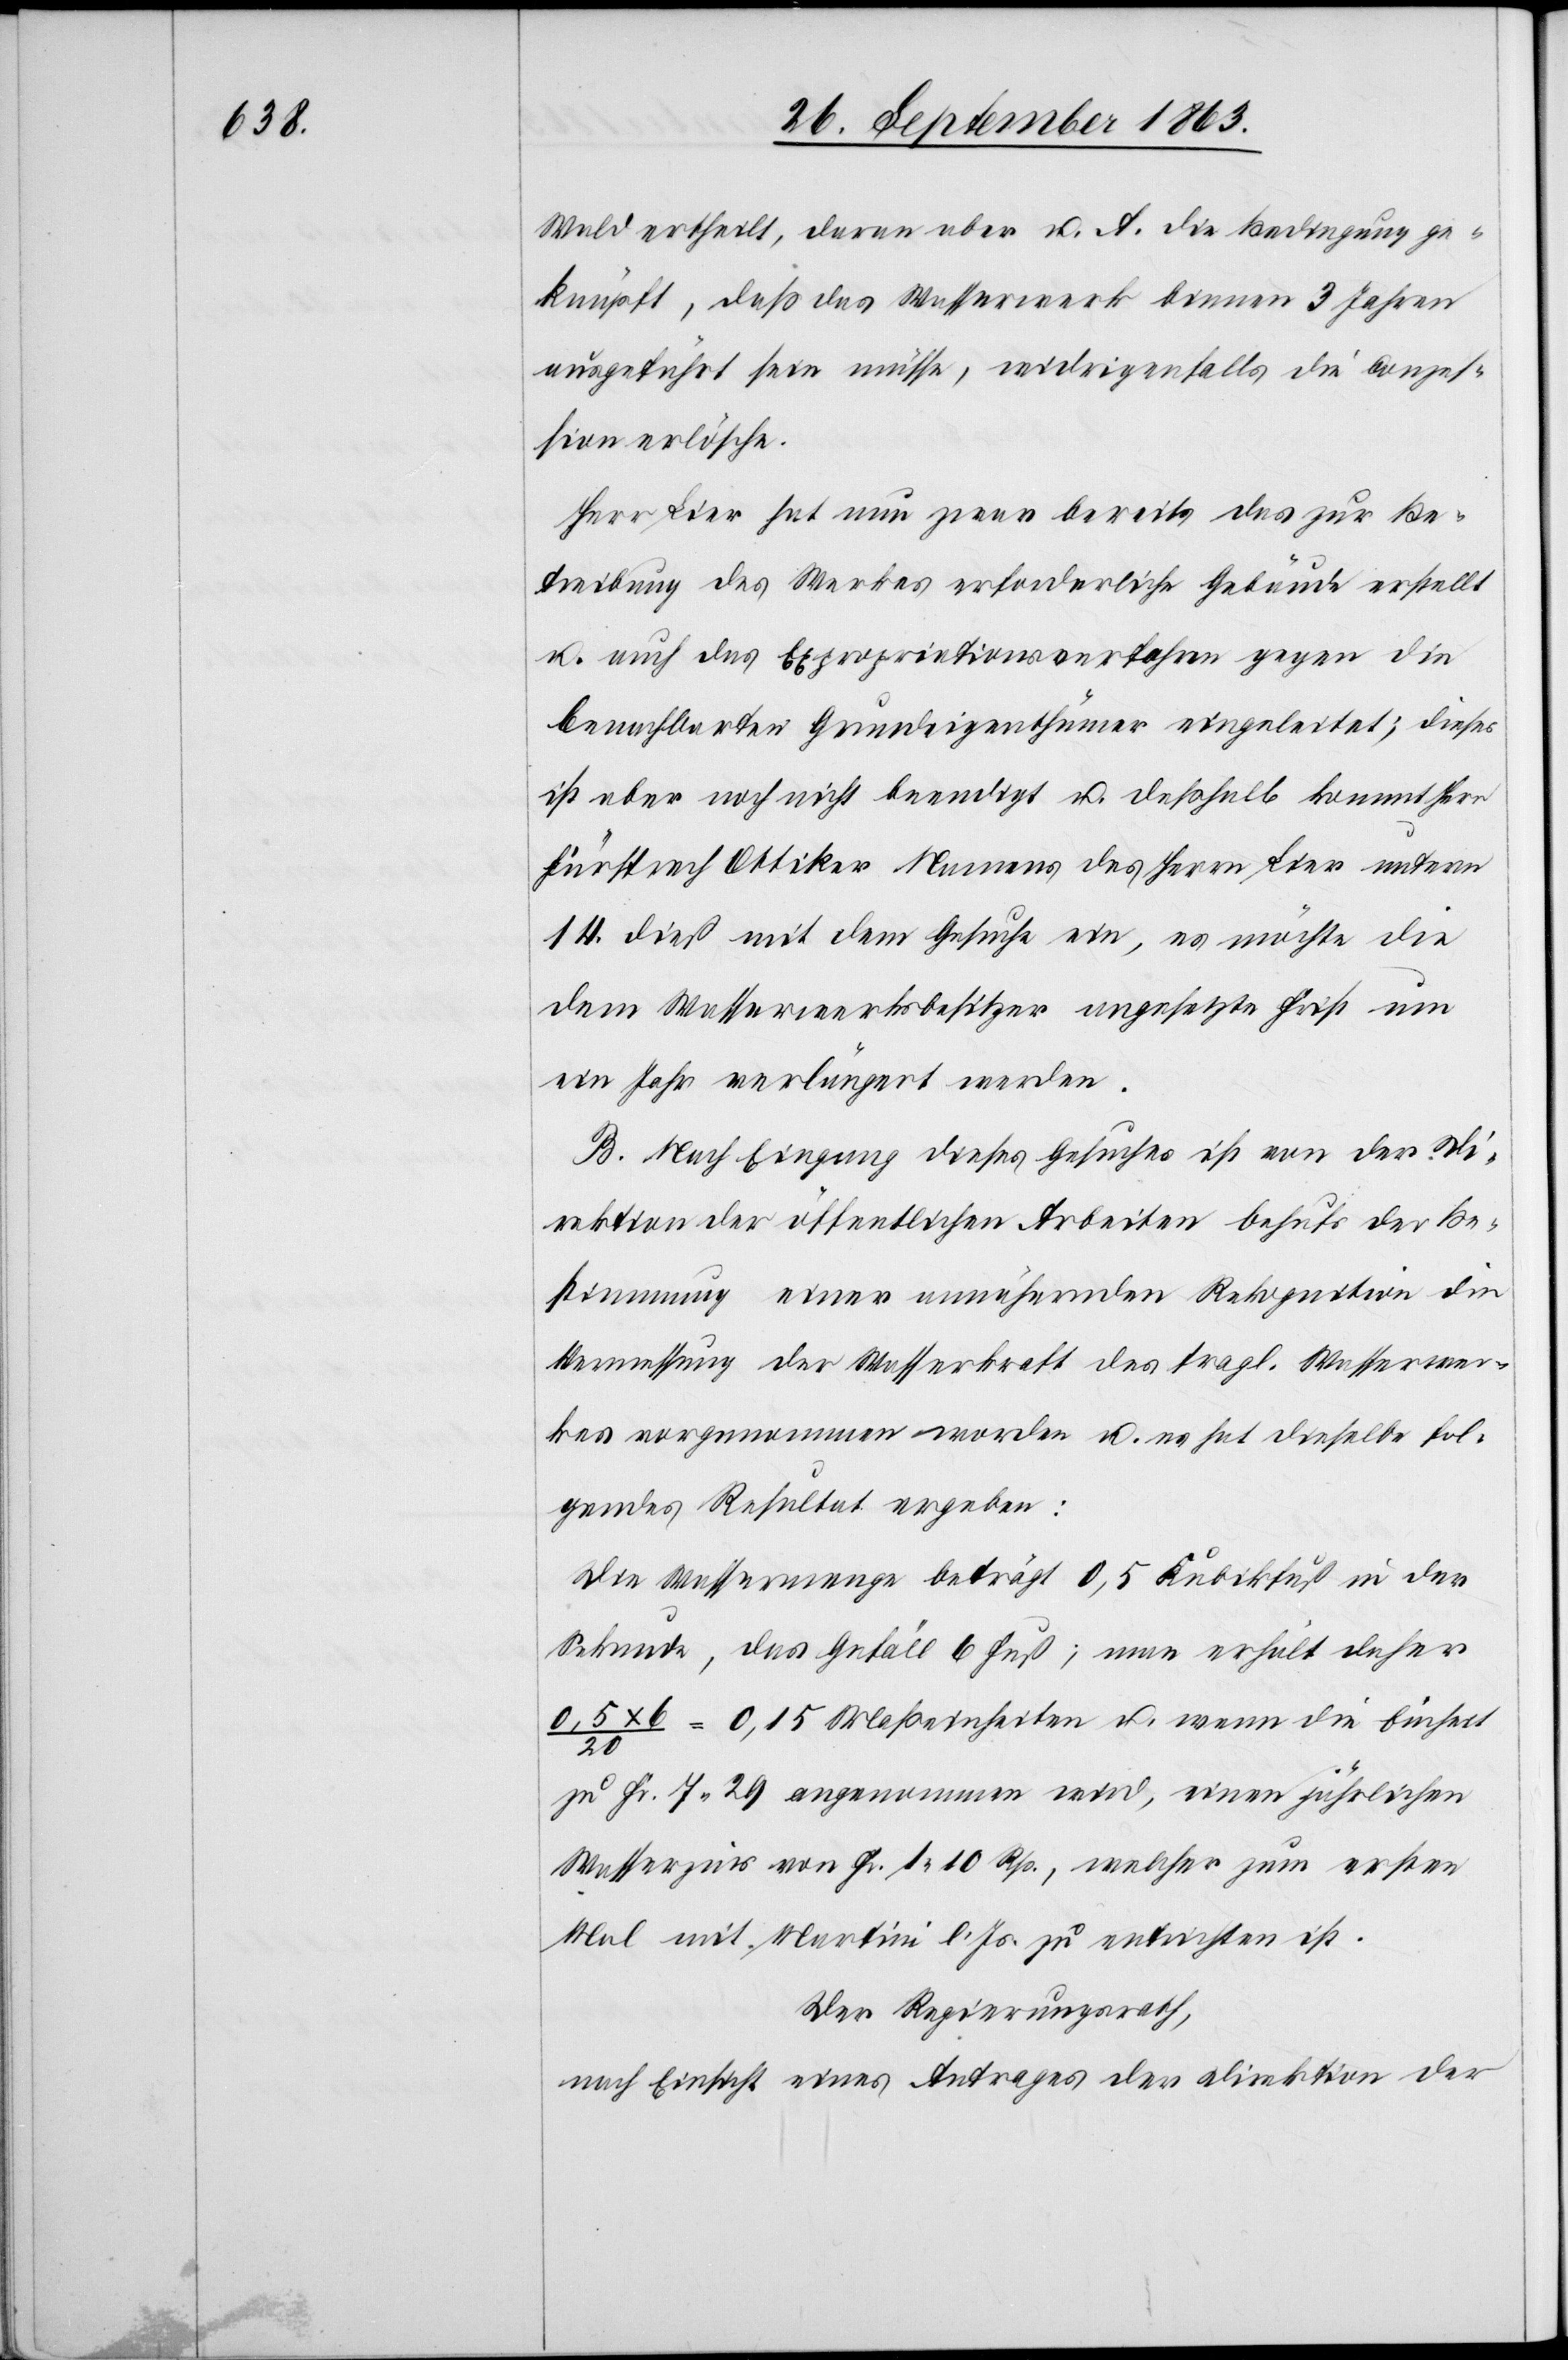
Wald ertheilt, daran aber u. A. die Bedingung ge¬
knüpft, daß das Wasserwerk binnen 3 Jahren
ausgeführt sein müsse, widrigenfalls die Conzes¬
sion erlösche.
Herr Lier hat nun zwar bereits das zur Be¬
treibung des Werkes erforderliche Gebäude erstellt
u. auch das Expropriationsverfahren gegen die
benachbarten Grundeigenthümer eingeleitet; dieses
ist aber noch nicht beendigt u. deßhalb kommt Herr
Fürsprech Ottiker Namens des Herrn Lier unterm
14. dieß mit dem Gesuche ein, es möchte die
dem Wasserwerksbesitzer angesetzte Frist um
ein Jahr verlängert werden.
B. Nach Eingang dieses Gesuches ist von der Di¬
rektion der öffentlichen Arbeiten behufs der Be¬
stimmung einer annähernden Rekognition die
Vermessung der Wasserkraft des fragl. Wasserwer¬
kes vorgenommen worden u. es hat dieselbe fol¬
gendes Resultat ergeben:
Die Wassermenge beträgt 0,5 Kubikfuß in der
Sekunde, das Gefäll 6 Fuß; man erhält daher
0,5 x 6 / 20 = 0,15 Maßeinheiten u. wenn die Einheit
zu Fr. 7. 29 angenommen wird, einen jährlichen
Wasserzins von Fr. 1. 10 Rp., welcher zum ersten
Mal mit Martini l. Js. zu entrichten ist.
Der Regierungsrath,
nach Einsicht eines Antrages der Direktion der